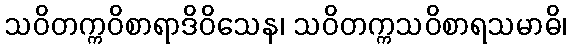
သဝိတက္ကဝိစာရာဒိဝိသေန၊ သဝိတက္ကသဝိစာရသမာဓိ၊